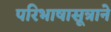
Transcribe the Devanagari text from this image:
परिभाषासूत्राने